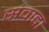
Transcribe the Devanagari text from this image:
संवादा